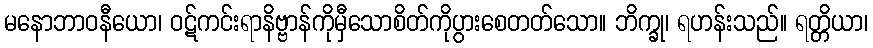
မနောဘာဝနီယော၊ ဝဋ်ကင်းရာနိဗ္ဗာန်ကိုမှီသောစိတ်ကိုပွားစေတတ်သော။ ဘိက္ခု၊ ရဟန်းသည်။ ရတ္တိယာ၊